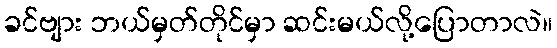
ခင်ဗျား ဘယ်မှတ်တိုင်မှာ ဆင်းမယ်လို့ပြောတာလဲ။